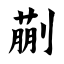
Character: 蒯